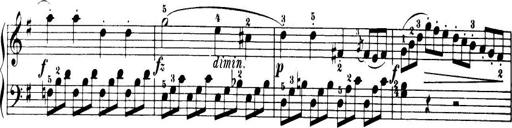
Title: 32 Sonatinas and Rondos for the Piano
Composer: Richard Kleinmichel